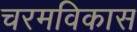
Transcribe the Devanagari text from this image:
चरमविकास